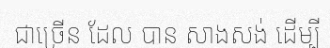
ជាច្រើន ដែល បាន សាងសង់ ដើម្បី